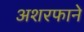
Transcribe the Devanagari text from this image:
अशरफाने